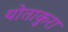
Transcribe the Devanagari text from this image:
थोताकुरा